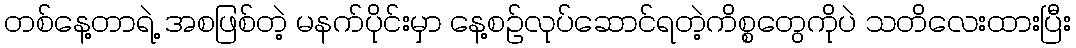
တစ်နေ့တာရဲ့ အစဖြစ်တဲ့ မနက်ပိုင်းမှာ နေ့စဉ်လုပ်ဆောင်ရတဲ့ကိစ္စတွေကိုပဲ သတိလေးထားပြီး